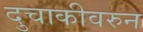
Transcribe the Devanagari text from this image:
दुचाकीवरुन